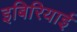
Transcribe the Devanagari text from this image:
इबिरियाई